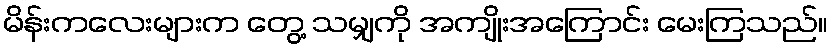
မိန်းကလေးများက တွေ့ သမျှကို အကျိုးအကြောင်း မေးကြသည်။